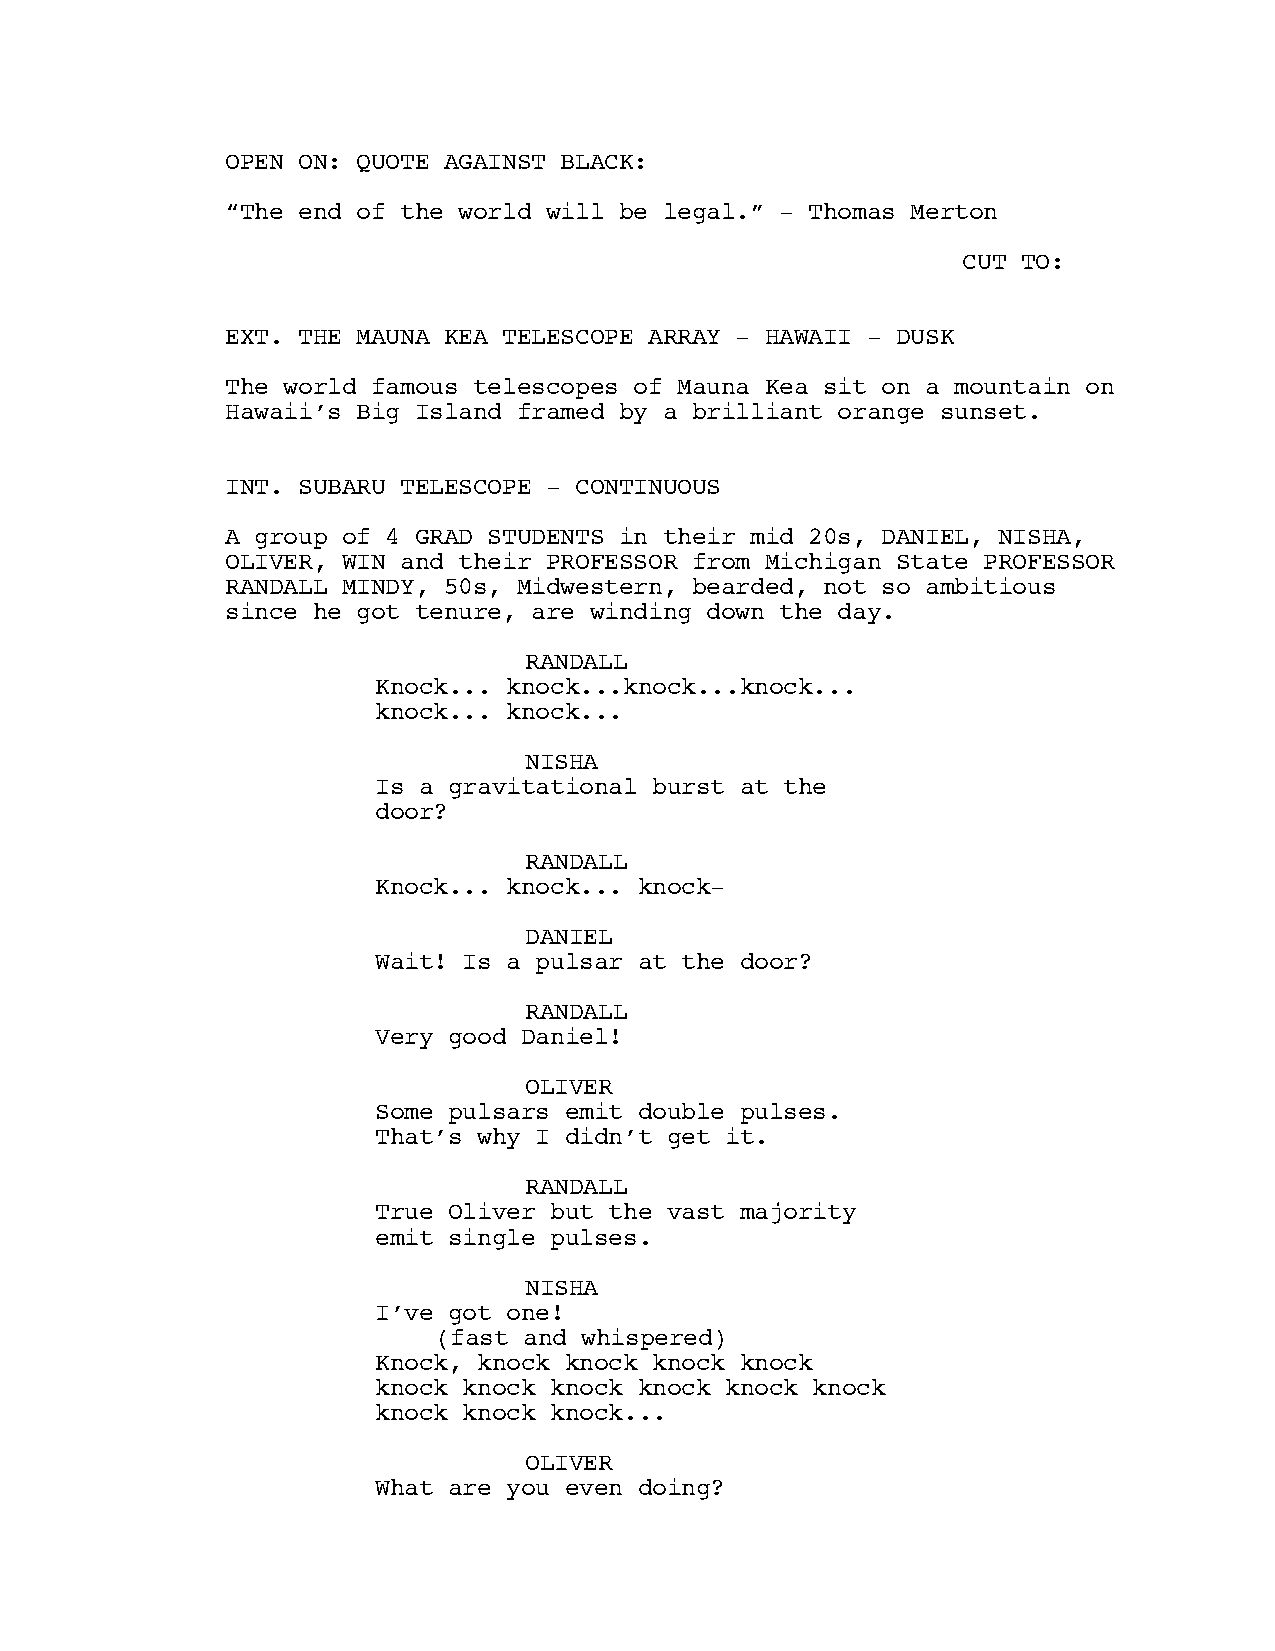
OPEN ON: QUOTE AGAINST BLACK:
 “The end of the world will be legal.” - Thomas Merton
 CUT TO:
 EXT. THE MAUNA KEA TELESCOPE ARRAY - HAWAII - DUSK
 The world famous telescopes of Mauna Kea sit on a mountain on
 Hawaii’s Big Island framed by a brilliant orange sunset.
 INT. SUBARU TELESCOPE - CONTINUOUS
 A group of 4 GRAD STUDENTS in their mid 20s, DANIEL, NISHA,
 OLIVER, WIN and their PROFESSOR from Michigan State PROFESSOR
 RANDALL MINDY, 50s, Midwestern, bearded, not so ambitious
 since he got tenure, are winding down the day.
 RANDALL
 Knock... knock...knock...knock...
 knock... knock...
 NISHA
 Is a gravitational burst at the
 door?
 RANDALL
 Knock... knock... knock-
 DANIEL
 Wait! Is a pulsar at the door?
 RANDALL
 Very good Daniel!
 OLIVER
 Some pulsars emit double pulses.
 That’s why I didn’t get it.
 RANDALL
 True Oliver but the vast majority
 emit single pulses.
 NISHA
 I’ve got one!
 (fast and whispered)
 Knock, knock knock knock knock
 knock knock knock knock knock knock
 knock knock knock...
 OLIVER
 What are you even doing?